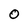
Character: 0